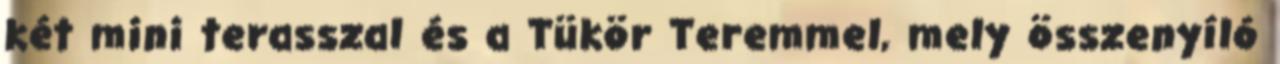
két mini terasszal és a Tükör Teremmel, mely összenyíló